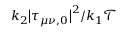
k _ { 2 } \big | \tau _ { \mu \nu , 0 } \big | ^ { 2 } / k _ { 1 } \mathcal { T }